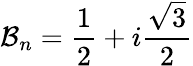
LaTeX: \mathcal{B}_{n}=\frac{1}{2}+i\frac{\sqrt{3}}{2}